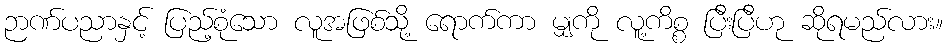
ဉာဏ်ပညာနှင့် ပြည့်စုံသော လူအဖြစ်သို့ ရောက်ကာ မျှကို လူ့ကိစ္စ ပြီးပြီဟု ဆိုရမည်လား။